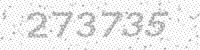
Solution: 273735